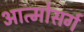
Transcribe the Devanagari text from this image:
आत्मोसर्ग